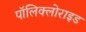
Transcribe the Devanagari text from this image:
पॉलिक्लोराइड